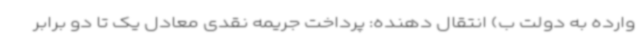
وارده به دولت ب) انتقال دهنده: پرداخت جریمه نقدی معادل یک تا دو برابر